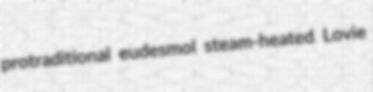
protraditional eudesmol steam-heated Lovie